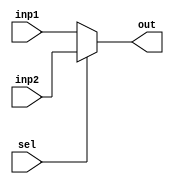
module mux(sel, inp1, inp2, out);
    input sel;
    input [3:0] inp1;
    input [3:0] inp2;
    output [3:0] out;
    reg [3:0] out;
    
    always @(sel, inp1, inp2) begin
        out = sel?inp2:inp1;
    end
endmodule